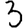
Digit: 3